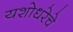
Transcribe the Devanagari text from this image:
यशोधरेचे